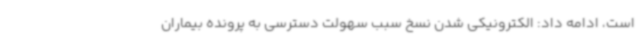
است، ادامه داد: الکترونیکی شدن نسخ سبب سهولت دسترسی به پرونده بیماران